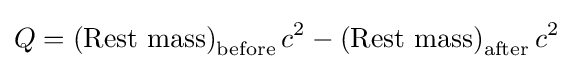
Q=\left({\text{Rest mass}}\right)_{\text{before}}c^{2}-\left({\text{Rest mass}}\right)_{\text{after}}c^{2}